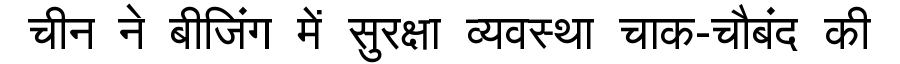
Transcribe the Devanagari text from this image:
चीन ने बीजिंग में सुरक्षा व्यवस्था चाक-चौबंद की